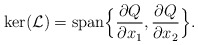
\begin{align*}{\rm ker}(\mathcal L)={\rm span}\Big\{\frac{\partial Q}{\partial x_1},\frac{\partial Q}{\partial x_2}\Big\}.\end{align*}